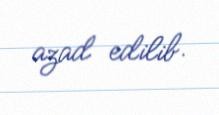
azad edilib.